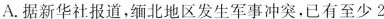
A.据新华社报道，缅北地区发生军事冲突，已有至少2